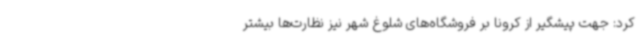
کرد: جهت پیشگیر از کرونا بر فروشگاه‌های شلوغ شهر نیز نظارت‌ها بیشتر